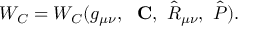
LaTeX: W _ { C } = W _ { C } ( g _ { \mu \nu } , \ \mathrm { \bf ~ C } , \ \hat { \cal R } _ { \mu \nu } , \ \hat { P } ) .